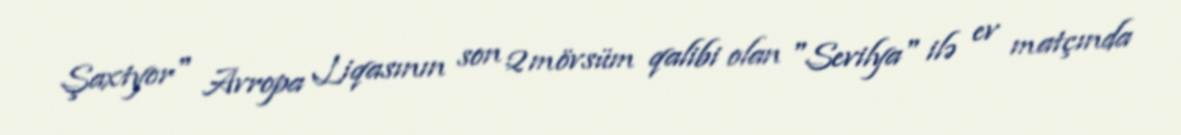
Şaxtyor" Avropa Liqasının son 2 mövsüm qalibi olan "Sevilya" ilə ev matçında